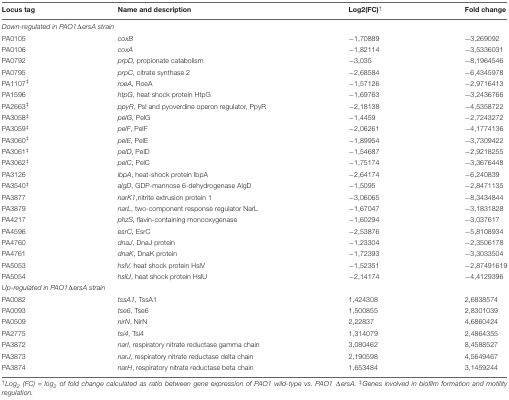
<table><thead><tr><td><b>Locus tag</b></td><td><b>Name and description</b></td><td><b>Log2(FC)<sup>†</sup></b></td><td><b>Fold change</b></td></tr></thead><tbody><tr><td><i>Down-regulated in PAO1</i>Δ<i>ersA strain</i></td><td></td><td></td><td></td></tr><tr><td>PA0105</td><td><i>coxB</i></td><td>-1,70889</td><td>-3,269092</td></tr><tr><td>PA0106</td><td><i>coxA</i></td><td>-1,82114</td><td>-3,5336031</td></tr><tr><td>PA0792</td><td><i>prpD</i>, propionate catabolism</td><td>-3,035</td><td>-8,1964546</td></tr><tr><td>PA0795</td><td><i>prpC</i>, citrate synthase 2</td><td>-2,68584</td><td>-6,4345978</td></tr><tr><td>PA1107<b><sup>‡</sup></b></td><td><i>roeA</i>, RoeA</td><td>-1,57126</td><td>-2,9716413</td></tr><tr><td>PA1596</td><td><i>htpG</i>, heat shock protein HtpG</td><td>-1,69763</td><td>-3,2436766</td></tr><tr><td>PA2663<b><sup>‡</sup></b></td><td><i>ppyR</i>, Psl and pyoverdine operon regulator, PpyR</td><td>-2,18138</td><td>-4,5358722</td></tr><tr><td>PA3058<b><sup>‡</sup></b></td><td><i>pelG</i>, PelG</td><td>-1,4459</td><td>-2,7243272</td></tr><tr><td>PA3059<b><sup>‡</sup></b></td><td><i>pelF</i>, PelF</td><td>-2,06261</td><td>-4,1774136</td></tr><tr><td>PA3060<b><sup>‡</sup></b></td><td><i>pelE</i>, PelE</td><td>-1,89954</td><td>-3,7309422</td></tr><tr><td>PA3061<b><sup>‡</sup></b></td><td><i>pelD</i>, PelD</td><td>-1,54687</td><td>-2,9218255</td></tr><tr><td>PA3062<b><sup>‡</sup></b></td><td><i>pelC</i>, PelC</td><td>-1,75174</td><td>-3,3676448</td></tr><tr><td>PA3126</td><td><i>ibpA</i>, heat-shock protein IbpA</td><td>-2,64174</td><td>-6,240839</td></tr><tr><td>PA3540<b><sup>‡</sup></b></td><td><i>algD</i>, GDP-mannose 6-dehydrogenase AlgD</td><td>-1,5095</td><td>-2,8471135</td></tr><tr><td>PA3877</td><td><i>narK1</i>,nitrite extrusion protein 1</td><td>-3,06065</td><td>-8,3434844</td></tr><tr><td>PA3879</td><td><i>narL</i>, two-component response regulator NarL</td><td>-1,67047</td><td>-3,1831828</td></tr><tr><td>PA4217</td><td><i>phzS</i>, flavin-containing monooxygenase</td><td>-1,60294</td><td>-3,037617</td></tr><tr><td>PA4596</td><td><i>esrC</i>, EsrC</td><td>-2,53876</td><td>-5,8108934</td></tr><tr><td>PA4760</td><td><i>dnaJ</i>, DnaJ protein</td><td>-1,23304</td><td>-2,3506178</td></tr><tr><td>PA4761</td><td><i>dnaK</i>, DnaK protein</td><td>-1,72393</td><td>-3,3033504</td></tr><tr><td>PA5053</td><td><i>hslV</i>, heat shock protein HslV</td><td>-1,52351</td><td>-2,87491619</td></tr><tr><td>PA5054</td><td><i>hslU</i>, heat shock protein HslU</td><td>-2,14174</td><td>-4,4129396</td></tr><tr><td><i>Up-regulated in PAO1</i>Δ<i>ersA strain</i></td><td></td><td></td><td></td></tr><tr><td>PA0082</td><td><i>tssA1</i>, TssA1</td><td>1,424308</td><td>2,6838574</td></tr><tr><td>PA0093</td><td><i>tse6</i>, Tse6</td><td>1,500855</td><td>2,8301039</td></tr><tr><td>PA0509</td><td><i>nirN</i>, NirN</td><td>2,22837</td><td>4,6860424</td></tr><tr><td>PA2775</td><td><i>tsi4</i>, Tsi4</td><td>1,314079</td><td>2,4864355</td></tr><tr><td>PA3872</td><td><i>narI</i>, respiratory nitrate reductase gamma chain</td><td>3,080462</td><td>8,4588527</td></tr><tr><td>PA3873</td><td><i>narJ</i>, respiratory nitrate reductase delta chain</td><td>2,190598</td><td>4,5649467</td></tr><tr><td>PA3874</td><td><i>narH</i>, respiratory nitrate reductase beta chain</td><td>1,653484</td><td>3,1459244</td></tr></tbody></table>